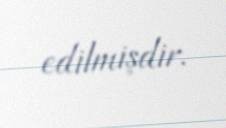
edilmişdir.